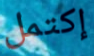
إكتمل